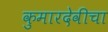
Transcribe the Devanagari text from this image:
कुमारदेवीचा